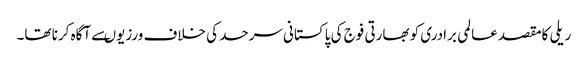
ریلی کامقصد عالمی برادری کو بھارتی فوج کی پاکستانی سرحد کی خلاف ورزیوںسے آگاہ کرنا تھا۔